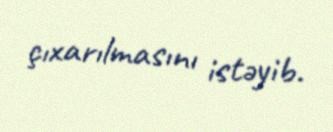
çıxarılmasını istəyib.